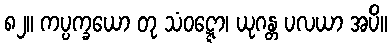
၈၂။ ကပ္ပက္ခယော တု သံဝဋ္ဋော၊ ယုဂန္တ ပလယာ အပိ။